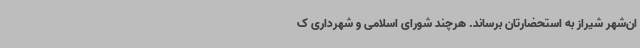
ان‌شهر شیراز به استحضارتان برساند. هرچند شورای اسلامی و شهرداری ک